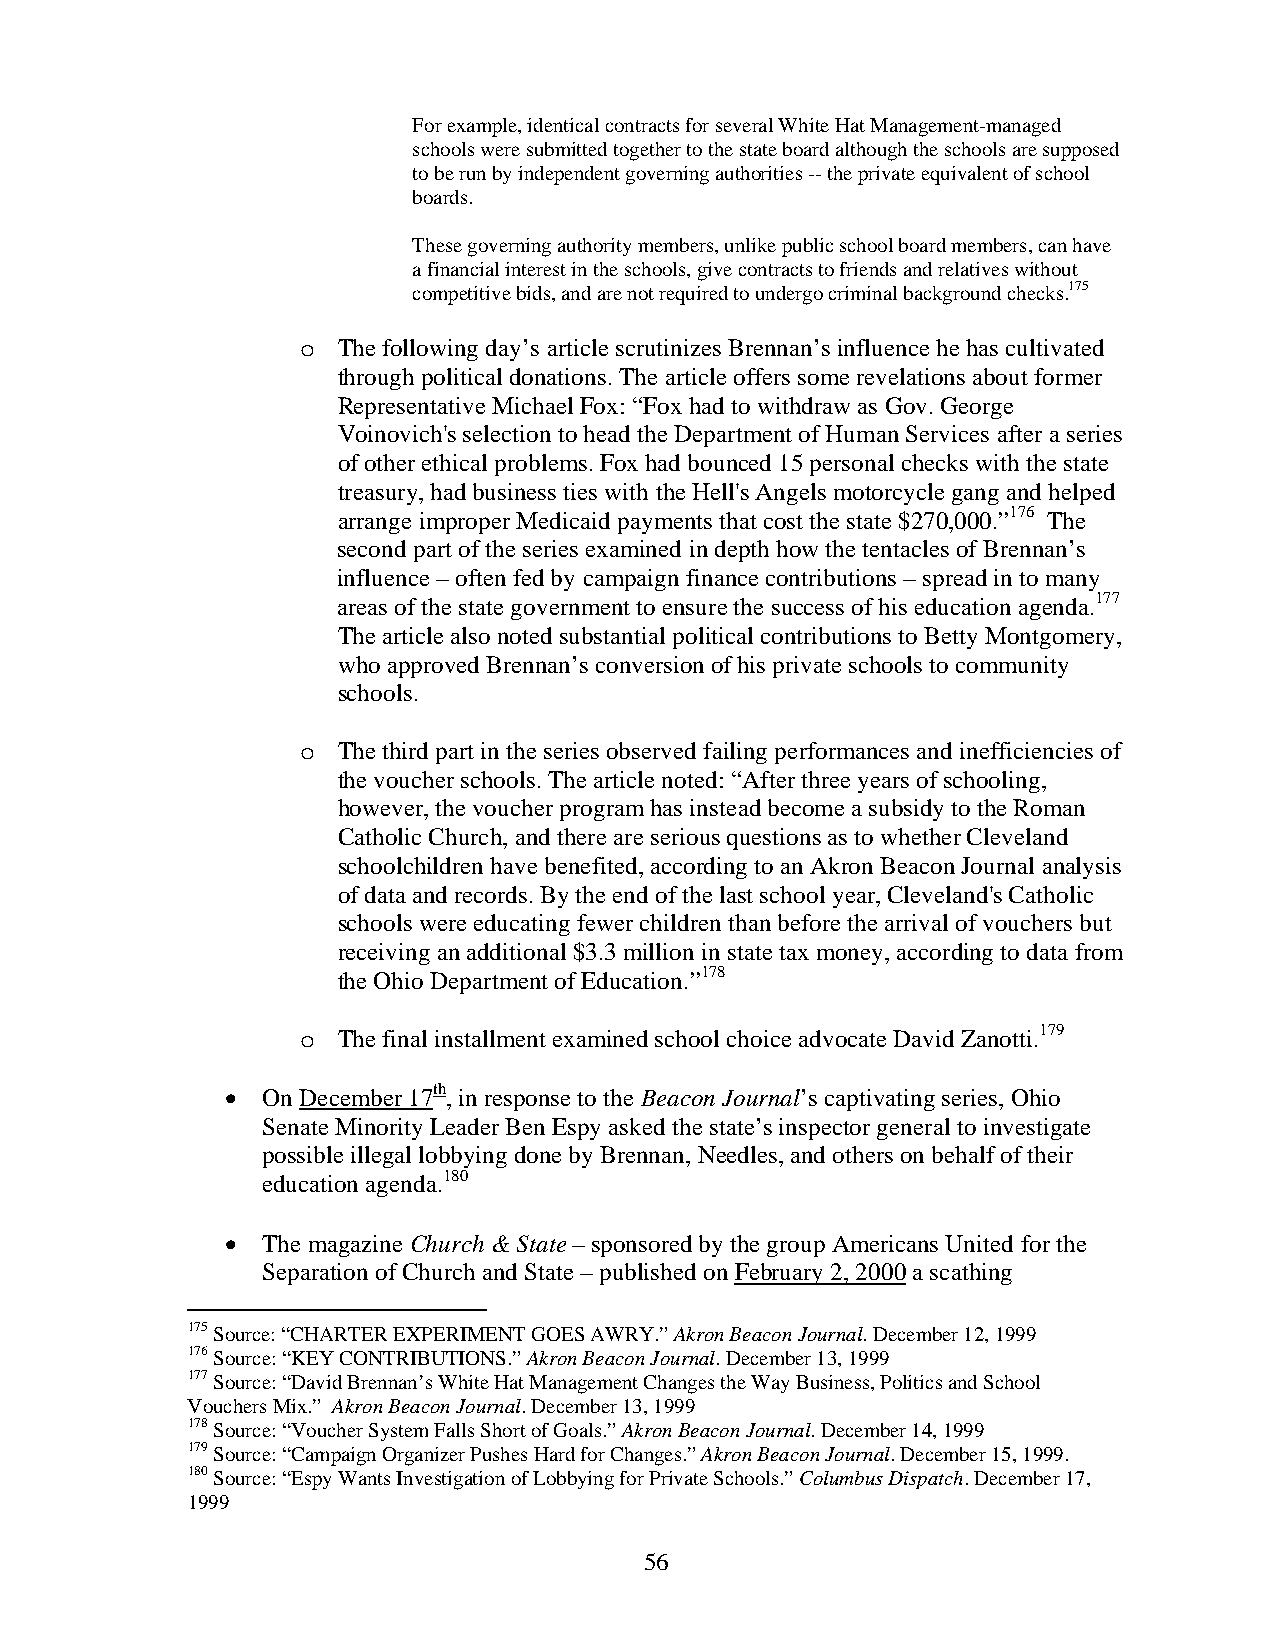
For example, identical contracts for several White Hat Management-managed
 schools were submitted together to the state board although the schools are supposed
 to be run by independent governing authorities -- the private equivalent of school
 boards.
 These governing authority members, unlike public school board members, can have
 a financial interest in the schools, give contracts to friends and relatives without
 competitive bids, and are not required to undergo criminal background checks.175
 o The following day’s article scrutinizes Brennan’s influence he has cultivated
 through political donations. The article offers some revelations about former
 Representative Michael Fox: “Fox had to withdraw as Gov. George
 Voinovich's selection to head the Department of Human Services after a series
 of other ethical problems. Fox had bounced 15 personal checks with the state
 treasury, had business ties with the Hell's Angels motorcycle gang and helped
 arrange improper Medicaid payments that cost the state $270,000.”176 The
 second part of the series examined in depth how the tentacles of Brennan’s
 influence – often fed by campaign finance contributions – spread in to many
 areas of the state government to ensure the success of his education agenda.177
 The article also noted substantial political contributions to Betty Montgomery,
 who approved Brennan’s conversion of his private schools to community
 schools.
 o The third part in the series observed failing performances and inefficiencies of
 the voucher schools. The article noted: “After three years of schooling,
 however, the voucher program has instead become a subsidy to the Roman
 Catholic Church, and there are serious questions as to whether Cleveland
 schoolchildren have benefited, according to an Akron Beacon Journal analysis
 of data and records. By the end of the last school year, Cleveland's Catholic
 schools were educating fewer children than before the arrival of vouchers but
 receiving an additional $3.3 million in state tax money, according to data from
 the Ohio Department of Education.”178
 o The final installment examined school choice advocate David Zanotti.179
 • On December 17th, in response to the Beacon Journal’s captivating series, Ohio
 Senate Minority Leader Ben Espy asked the state’s inspector general to investigate
 possible illegal lobbying done by Brennan, Needles, and others on behalf of their
 education agenda.180
 • The magazine Church & State – sponsored by the group Americans United for the
 Separation of Church and State – published on February 2, 2000 a scathing
 175 Source: “CHARTER EXPERIMENT GOES AWRY.” Akron Beacon Journal. December 12, 1999
 176 Source: “KEY CONTRIBUTIONS.” Akron Beacon Journal. December 13, 1999
 177 Source: “David Brennan’s White Hat Management Changes the Way Business, Politics and School
 Vouchers Mix.” Akron Beacon Journal. December 13, 1999
 178 Source: “Voucher System Falls Short of Goals.” Akron Beacon Journal. December 14, 1999
 179 Source: “Campaign Organizer Pushes Hard for Changes.” Akron Beacon Journal. December 15, 1999.
 180 Source: “Espy Wants Investigation of Lobbying for Private Schools.” Columbus Dispatch. December 17,
 1999
 56